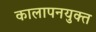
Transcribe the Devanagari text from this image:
कालापनयुक्त